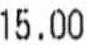
15.00